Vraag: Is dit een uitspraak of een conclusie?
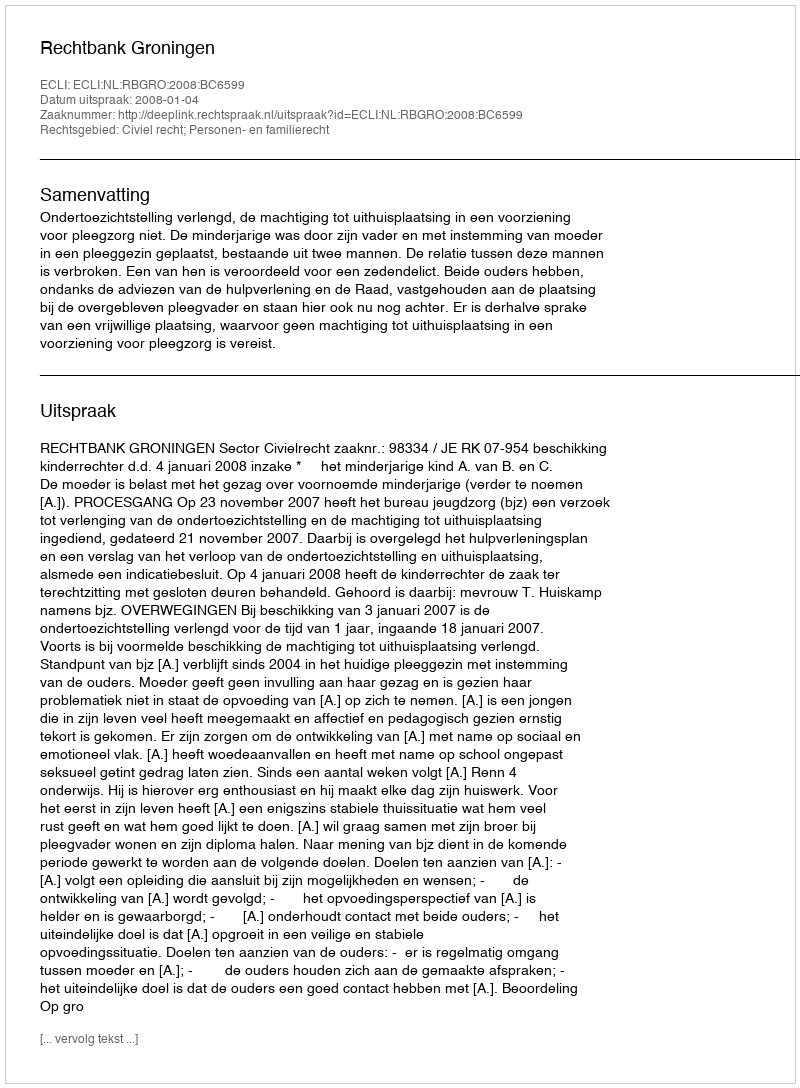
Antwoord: Uitspraak